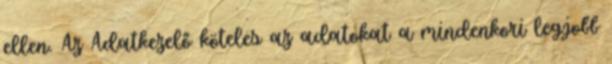
ellen. Az Adatkezelő köteles az adatokat a mindenkori legjobb